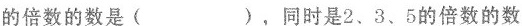
的倍数的数是( )，同时是2、3、5的倍数的数